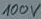
Text: 100V